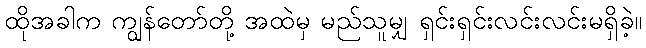
ထိုအခါက ကျွန်တော်တို့ အထဲမှ မည်သူမျှ ရှင်းရှင်းလင်းလင်းမရှိခဲ့။